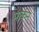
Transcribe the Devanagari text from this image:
मार्कन